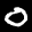
Label: 0